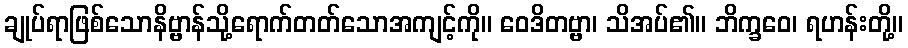
ချုပ်ရာဖြစ်သောနိဗ္ဗာန်သို့ရောက်တတ်သောအကျင့်ကို။ ဝေဒိတဗ္ဗာ၊ သိအပ်၏။ ဘိက္ခဝေ၊ ရဟန်းတို့။